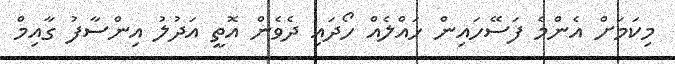
މިކަމަށް އެންމެ ފަސޭހައިން ހައްލެއް ހޯދައި ދެވެން އޮތީ އަދުލު އިންސާފު ގާއިމް